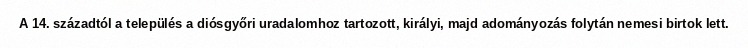
A 14. századtól a település a diósgyőri uradalomhoz tartozott, királyi, majd adományozás folytán nemesi birtok lett.